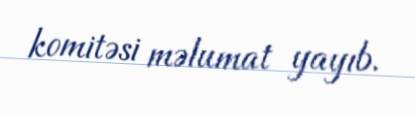
komitəsi məlumat yayıb.